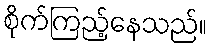
စိုက်ကြည့်နေသည်။